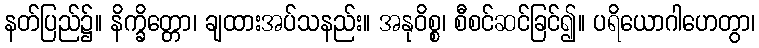
နတ်ပြည်၌။ နိက္ခိတ္တော၊ ချထားအပ်သနည်း။ အနုဝိစ္စ၊ စီစင်ဆင်ခြင်၍။ ပရိယောဂါဟေတွာ၊